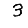
Digit: 3